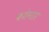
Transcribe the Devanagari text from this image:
कतेगार